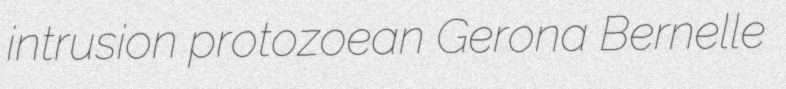
intrusion protozoean Gerona Bernelle